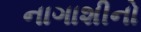
નાગાશીનો